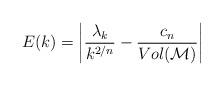
LaTeX: \begin{align*}E(k) = \left| \frac{\lambda_k}{k^{2/n}} - \frac{c_n}{Vol ({\cal M})} \right|\end{align*}